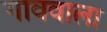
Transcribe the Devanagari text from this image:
गाववाला